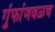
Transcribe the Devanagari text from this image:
गुंफांजवळच